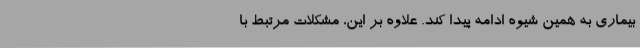
بیماری به همین شیوه ادامه پیدا کند. علاوه بر این، مشکلات مرتبط با